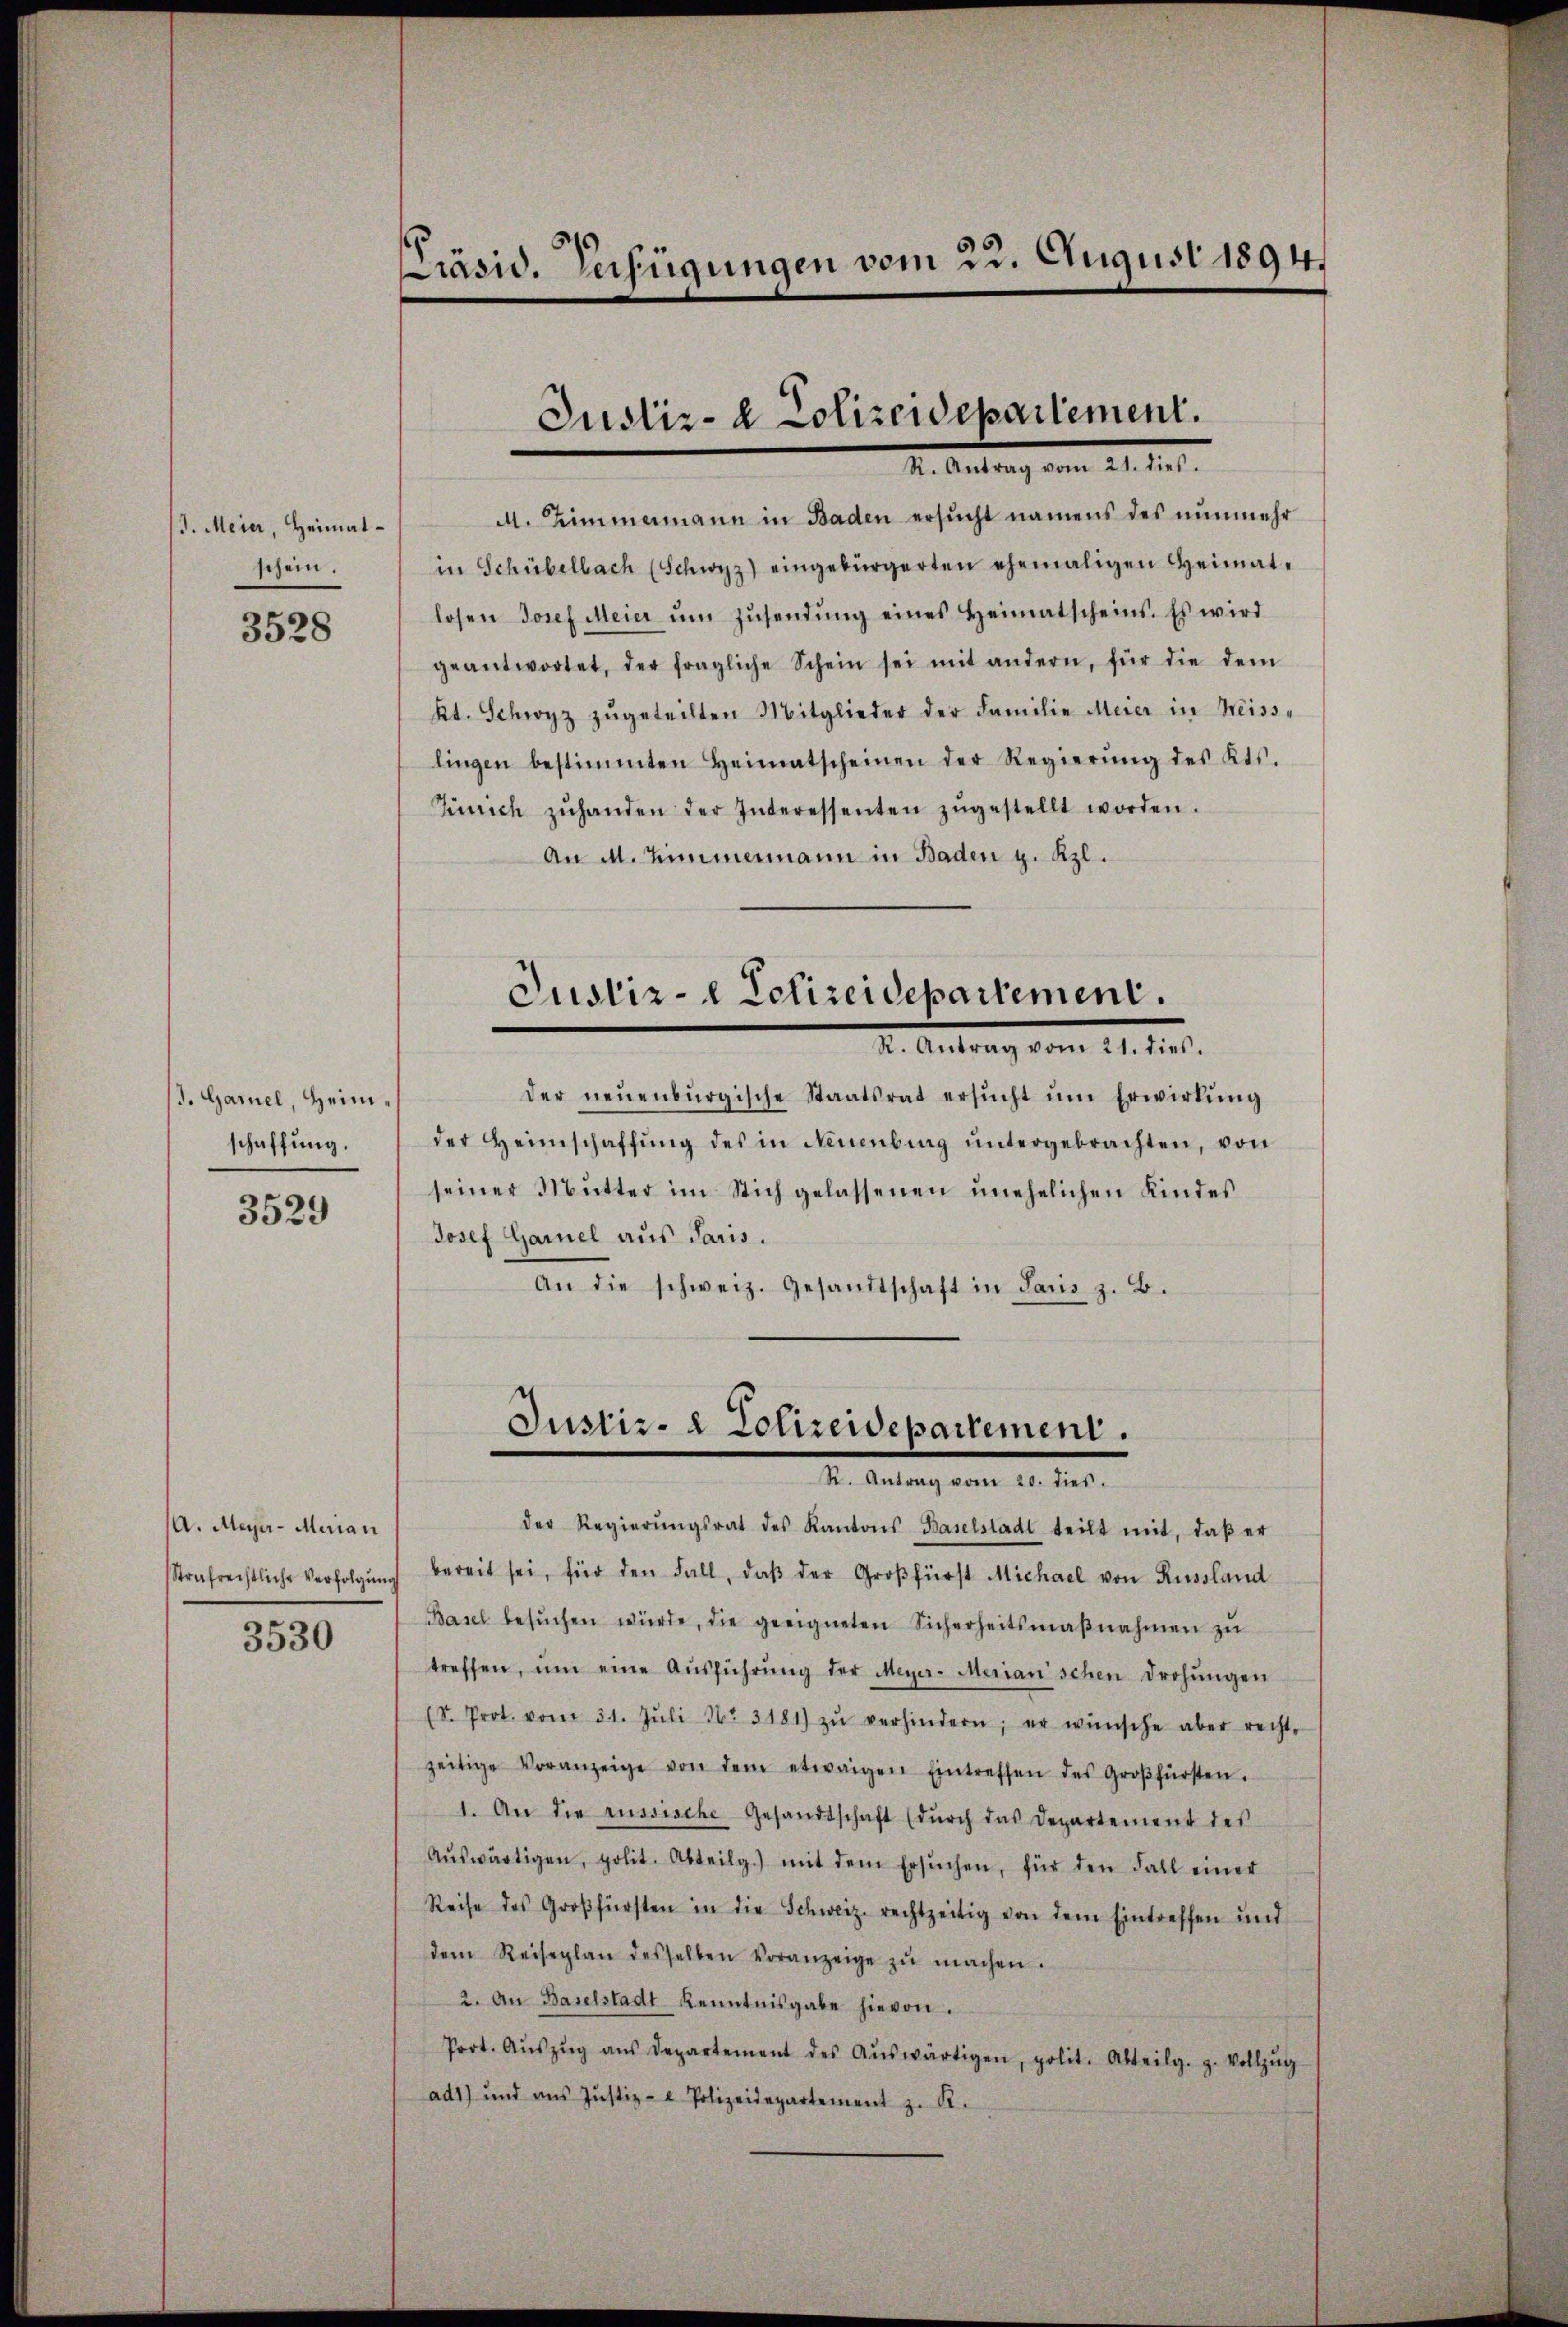
J. Meier, Heimatschein.

3528

I. Garnel, Heimschaffung.

3529

A. Maja - Marian
Strafrechtliche Verfolgung
3530

Präsid. Verfügungen vom 22. August 1894.

M. Zimmermann in Baden ersucht namens des nunmehr
in Schübelbach (Schwyz) eingebürgerten ehemaligen Heimatlosen Josef Meier ŭm Zŭsendŭng eines Heimatscheins. Es wird
geantwortet, der fragliche Schein sei mit andern, für die dem
kt. Schwyz zŭgeteilten Mitglieder der Familie Meier in Kreiss-
lingen bestimmten Heimatscheinen der Regierŭng des Kts.
Zürich zŭhanden der Interessenten zŭgestellt worden.
An M. Zimmermann in Baden H. Kzl.

der neuenburgische Staatsrat ersŭcht ŭm Erwirkŭng
der Heimschaffŭng des in Neuenburg ŭntergebrachten, von
seiner Mŭtter im Stich gelassenen unehelichen Kindes
Josef Garnel aus Paris.
An die schweiz. Gesandtschaft in Paris z. B.

Justiz- & Polizeidepartement.
M. Antrag, vom 21. M.

Justiz- l Schireidepartement.
I. Antrag vom 21. d.

Justiz- & Polizeidepartement.
I. Antrag vom 1. M.
der Regierŭngsrat des Kantons Baselstadt teilt mit, daβ er

bereit sei, für den Fall, daβ der Groβfürst Michael von Russland
Basel besŭchen würde, die geeigneten Sicherheitsmaβnahmen zŭ
treffen, ŭm eine Aŭsführŭng der Meyer-Merianischen drohŭngen
(S. Prot. vom 31. Jŭli No 3181) zŭ verhindern; er wünsche aber recht-
zeitige Voranzeige von dem etwaigen Eintreffen des Groβfürsten.
1. An die russische Gesandtschaft (dŭrch das Departement des
Aŭswärtigen, polit. Abteilg.) mit dem ersŭchen, für den Fall einer
Reise des Großfürsten in die Schweiz rechtzeitig von dem Eintreffen und
dem Reiseplan desselben Voranzeige zŭ machen.
2. An Baselstadt Kenntnisgabe hievon.
Prot. Aŭszŭg aŭs Departement des Aŭswärtigen, polit. Abteilg. g. Vollzŭg
ad1) und ans Justiz- & Polizeidepartement z. R.